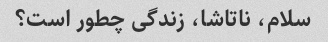
سلام، ناتاشا، زندگی چطور است؟